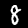
Label: 8